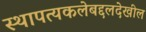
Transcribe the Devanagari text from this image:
स्थापत्यकलेबद्दलदेखील